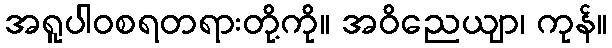
အရူပါဝစရတရားတို့ကို။ အဝိညေယျာ၊ ကုန်။